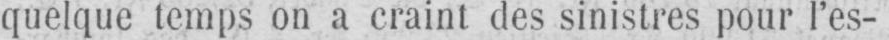
quelque temps on a craint des sinistres pour l’es-